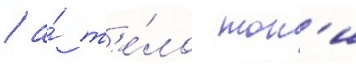
/ а́ т'е́ло тон'и